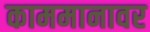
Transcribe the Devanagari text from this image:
काममानावर